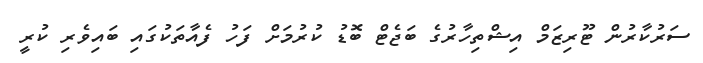
ސަރުކާރުން ޓޫރިޒަމް އިޝްތިހާރުގެ ބަޖެޓް ބޮޑު ކުރުމަށް ފަހު ފެއާތަކުގައި ބައިވެރި ކުރީ